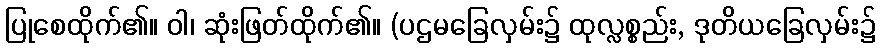
ပြုစေထိုက်၏။ ဝါ၊ ဆုံးဖြတ်ထိုက်၏။ (ပဌမခြေလှမ်း၌ ထုလ္လစ္စည်း, ဒုတိယခြေလှမ်း၌